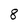
Character: 8